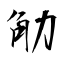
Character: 觔